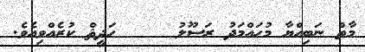
މާތް ނަބިއްޔާ މުޙައްމަދު ރަސޫލު     ޙަދީޘް ކުރެއްވިއެވެ.